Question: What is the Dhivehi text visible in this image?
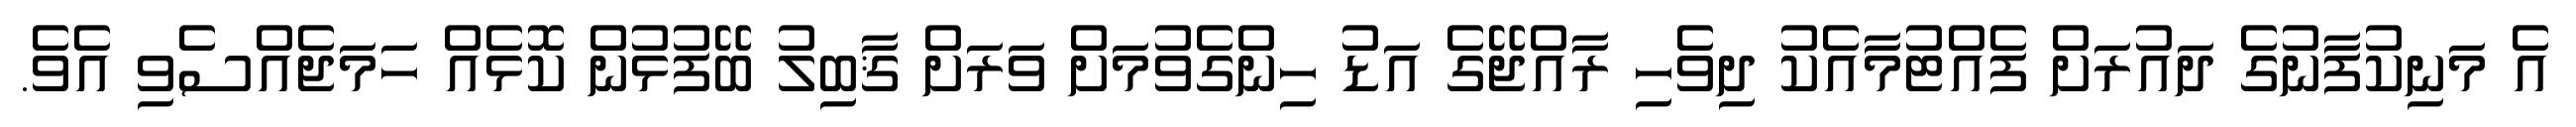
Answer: އެ މަނިކުފާނުގެ ދައުރަށް ފެއްޓުމާއެކު ދިވެހި ރާއްޖޭގެ އަޑު ހިންގެވުމަށް ވަރަށް ޤާބިލު ބޭފުޅުން ކޮޅެއް ހަމަޖެއްސެވި އެވެ.